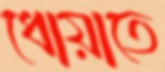
ধোয়াতে